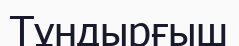
Тұндырғыш